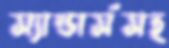
স্যান্ডার্সসহ